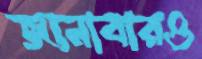
জানাবারও